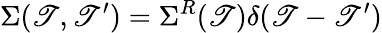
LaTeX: \Sigma(\mathscr{T},\mathscr{T}^{\prime})=\Sigma^{R}(\mathscr{T})\delta(\mathscr{T}-\mathscr{T}^{\prime})